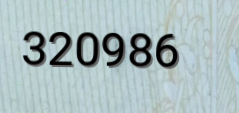
320986